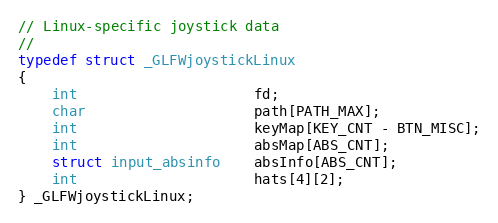
Language: C
// Linux-specific joystick data
//
typedef struct _GLFWjoystickLinux
{
    int                     fd;
    char                    path[PATH_MAX];
    int                     keyMap[KEY_CNT - BTN_MISC];
    int                     absMap[ABS_CNT];
    struct input_absinfo    absInfo[ABS_CNT];
    int                     hats[4][2];
} _GLFWjoystickLinux;